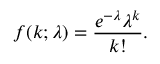
f ( k ; \lambda ) = { \frac { e ^ { - \lambda } \lambda ^ { k } } { k ! } } .